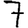
Digit: 7